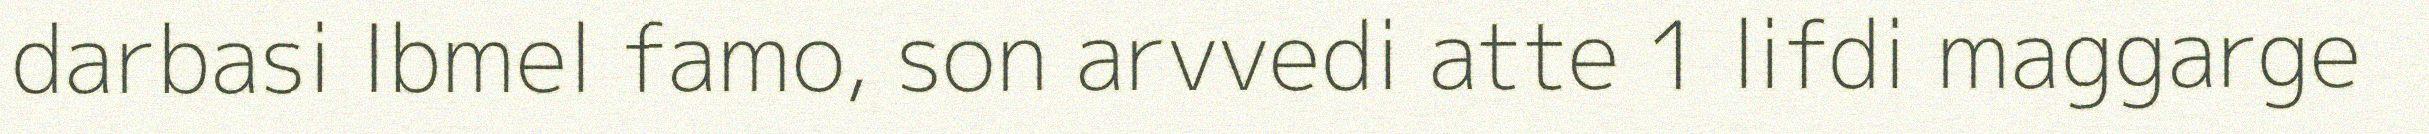
darbasi Ibmel famo, son arvvedi atte 1 lifdi maggarge